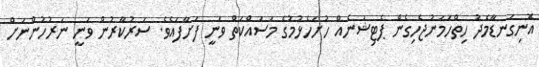
އޮނިގަނޑާމެދު ހިތްހަމަނުޖެހިގެން ޕެޓިޝަނެއް ހުށަހެޅުމުގެ މަސައްކަތް ވަނީ ފަށާފައެވެ. ސަރުކާރުން ވަނީ ނަރުހުންނަށް